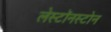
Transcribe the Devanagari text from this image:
लेस्टॉनस्टोन